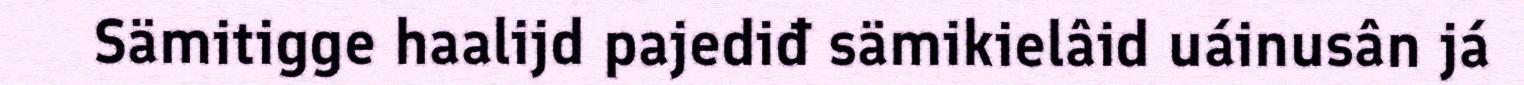
Sämitigge haalijd pajediđ sämikielâid uáinusân já